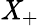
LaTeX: \mathit{X}_{+}